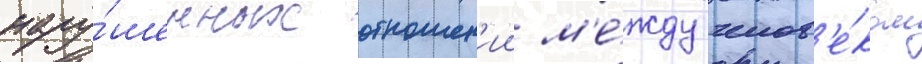
нару́шенных отношен'ии м'е́жду челов'е́ком